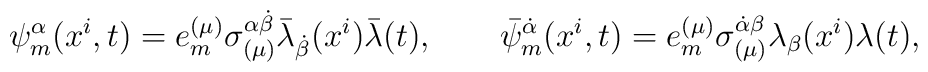
\psi_m^{\alpha}(x^i,t) = e_m^{(\mu)}\sigma_{(\mu)}^{\alpha \dot\beta}\bar\lambda_{\dot\beta}(x^i) \bar\lambda(t), \qquad\bar\psi_m^{\dot\alpha}(x^i,t) = e_m^{(\mu)}\sigma_{(\mu)}^{\dot\alpha \beta}\lambda_{\beta}(x^i)\lambda(t),